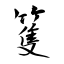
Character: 篗